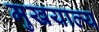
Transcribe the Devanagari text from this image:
मुखयाल्य